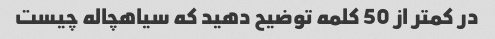
در کمتر از 50 کلمه توضیح دهید که سیاهچاله چیست